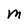
Character: M